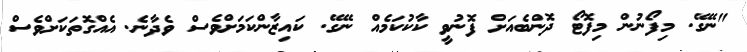
"ނޭގޭ. މިފޯނުން މިފޮޓޯ ދޮންބެއަށް ފޮނުވީ ކާކުކަމެއް ނޭގޭ. ކައިޒާންކަމަށްވެސް ވެދާނެ. އެއްގޮތަކަށްވެސް